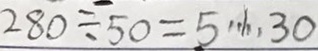
2 8 0 \div 5 0 = 5 \cdots 3 0